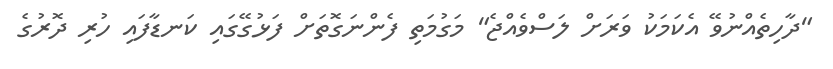
"ދާހިތެއްނުވޭ އެކަމަކު ވަރަށް ލަސްވެއްޖެ" މަގުމަތި ފެންނަގޮތަށް ފަޅުގޭގައި ކަނޑާފައި ހުރި ދޮރުގެ